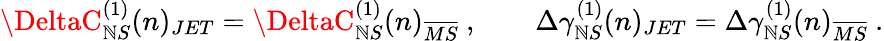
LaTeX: \DeltaC_{\mathbb{N}S}^{(1)}(n)_{JET}=\DeltaC_{\mathbb{N}S}^{(1)}(n)_{\overline{{{{MS}}}}}~,~~~~~~~~\Delta\gamma_{\mathbb{N}S}^{(1)}(n)_{JET}=\Delta\gamma_{\mathbb{N}S}^{(1)}(n)_{\overline{{{{MS}}}}}~.